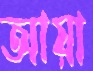
আয়া